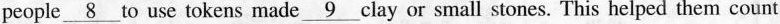
people \underline{8} to use tokens made \underline{9} clay or small stones. This helped them count